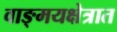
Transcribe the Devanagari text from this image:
वाङ्‌मयक्षेत्रात